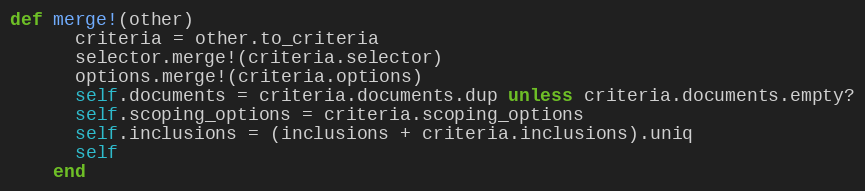
Language: Ruby
def merge!(other)
      criteria = other.to_criteria
      selector.merge!(criteria.selector)
      options.merge!(criteria.options)
      self.documents = criteria.documents.dup unless criteria.documents.empty?
      self.scoping_options = criteria.scoping_options
      self.inclusions = (inclusions + criteria.inclusions).uniq
      self
    end